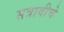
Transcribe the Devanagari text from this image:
सत्रावीचे